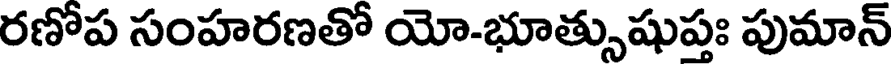
రణోప సంహరణతో యో-భూత్సుషుపః పుమాన్